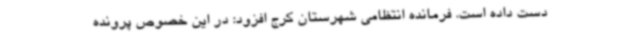
دست داده است. فرمانده انتظامی شهرستان کرج افزود: در این خصوص پرونده